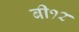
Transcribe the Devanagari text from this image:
बी१२